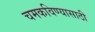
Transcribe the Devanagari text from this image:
चमकविण्यासाठी